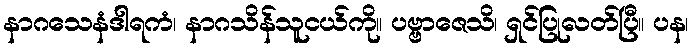
နာဂသေနံဒါရကံ၊ နာဂသိန်သူငယ်ကို။ ပဗ္ဗာဇေသိ၊ ရှင်ပြုလတ်ပြီ။ ပန၊